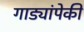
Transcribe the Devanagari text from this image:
गाड्यांपेकी